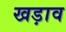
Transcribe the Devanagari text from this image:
खड़ाव